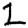
Digit: 2